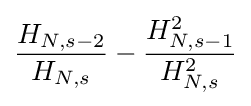
{\frac {H_{N,s-2}}{H_{N,s}}}-{\frac {H_{N,s-1}^{2}}{H_{N,s}^{2}}}